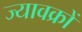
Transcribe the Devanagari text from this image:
ज्यावक्रों